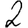
Digit: 2